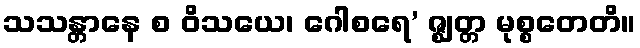
သသန္တာနေ စ ဝိသယေ၊ ဂေါစရေ’ ဇ္ဈတ္တ မုစ္စတေတိ။